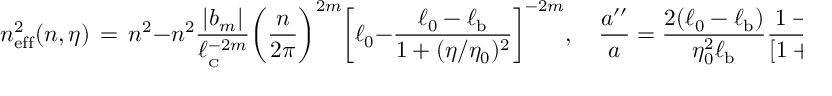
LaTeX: n _ { \mathrm { e f f } } ^ { 2 } ( n , \eta ) \, = \, n ^ { 2 } - n ^ { 2 } \frac { \vert b _ { m } \vert } { \ell _ { _ \mathrm { C } } ^ { - 2 m } } \biggl ( \frac { n } { 2 \pi } \biggr ) ^ { 2 m } \biggl [ \ell _ { 0 } - \frac { \ell _ { 0 } - \ell _ { \mathrm { b } } } { 1 + ( \eta / \eta _ { 0 } ) ^ { 2 } } \biggr ] ^ { - 2 m } , \quad \frac { a ^ { \prime \prime } } { a } = \frac { 2 ( \ell _ { 0 } - \ell _ { \mathrm { b } } ) } { \eta _ { 0 } ^ { 2 } \ell _ { \mathrm { b } } } \frac { 1 - 3 ( \eta / \eta _ { 0 } ) ^ { 2 } } { [ 1 + ( \eta / \eta _ { 0 } ) ^ { 2 } ] ^ { 3 } } ,